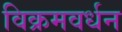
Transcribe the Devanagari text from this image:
विक्रमवर्धन